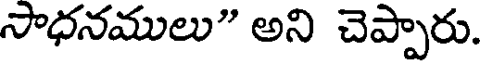
సాధనములు" అని చెప్పారు.